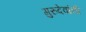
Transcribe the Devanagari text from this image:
गुरुदेवांनी